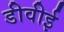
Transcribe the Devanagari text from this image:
डीवीई